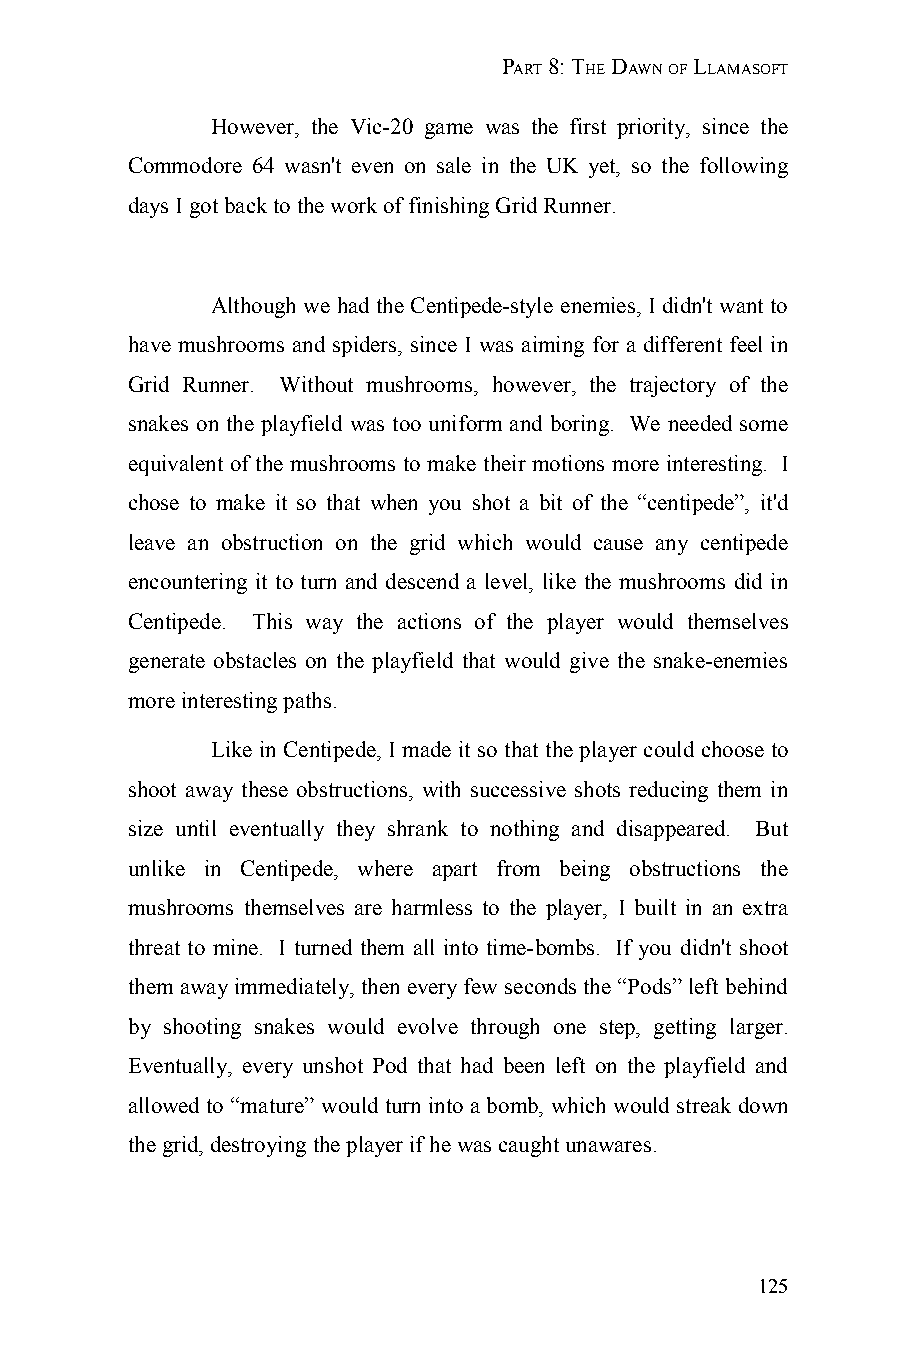
PART 8: THE DAWN OF LLAMASOFT
 However, the Vic-20 game was the first priority, since the
 Commodore 64 wasn't even on sale in the UK yet, so the following
 days I got back to the work of finishing Grid Runner.
 Although we had the Centipede-style enemies, I didn't want to
 have mushrooms and spiders, since I was aiming for a different feel in
 Grid Runner. Without mushrooms, however, the trajectory of the
 snakes on the playfield was too uniform and boring. We needed some
 equivalent of the mushrooms to make their motions more interesting. I
 chose to make it so that when you shot a bit of the “centipede”, it'd
 leave an obstruction on the grid which would cause any centipede
 encountering it to turn and descend a level, like the mushrooms did in
 Centipede. This way the actions of the player would themselves
 generate obstacles on the playfield that would give the snake-enemies
 more interesting paths.
 Like in Centipede, I made it so that the player could choose to
 shoot away these obstructions, with successive shots reducing them in
 size until eventually they shrank to nothing and disappeared. But
 unlike in Centipede, where apart from being obstructions the
 mushrooms themselves are harmless to the player, I built in an extra
 threat to mine. I turned them all into time-bombs. If you didn't shoot
 them away immediately, then every few seconds the “Pods” left behind
 by shooting snakes would evolve through one step, getting larger.
 Eventually, every unshot Pod that had been left on the playfield and
 allowed to “mature” would turn into a bomb, which would streak down
 the grid, destroying the player if he was caught unawares.
 125